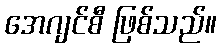
အေဂျင်စီ ဖြစ်သည်။